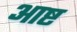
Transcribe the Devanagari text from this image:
आष्ट